Sketch of the medical history of the native army of Bombay, for the year
Year: 1872
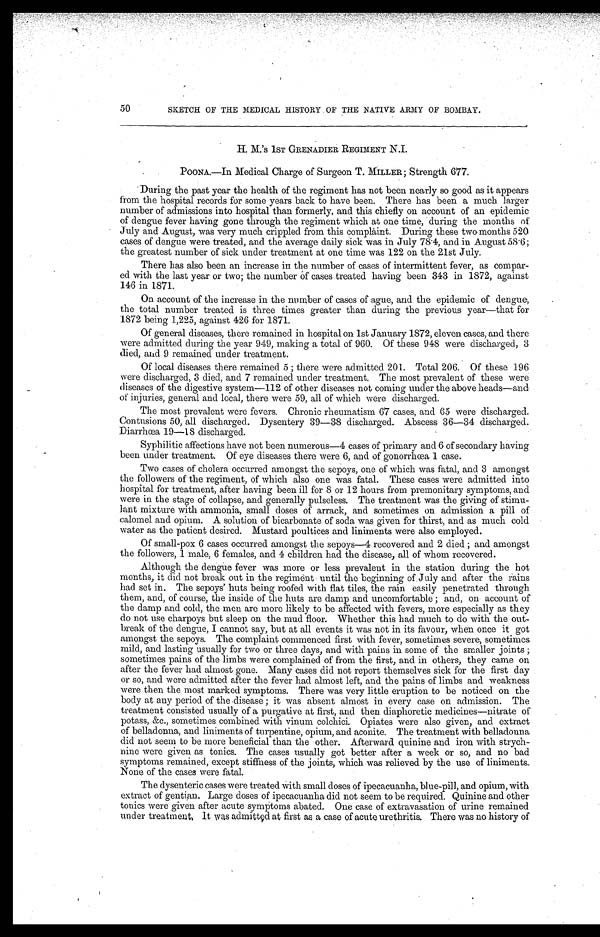
50
SKETCH OF THE MEDICAL HISTORY OF THE NATIVE ARMY OF BOMBAY.
H. M.'s 1ST GRENADIER REGIMENT N.I.
POONA.—In Medical Charge of Surgeon T. MILLER ; Strength 677.
During the past year the health of the regiment has not been nearly so good as it appears
from the hospital records for some years back to have been. There has been a much larger
number of admissions into hospital than formerly, and this chiefly on account of an epidemic
of dengue fever having gone through the regiment which at one time, during the months of
July and August, was very much crippled from this complaint. During these two months 520
cases of dengue were treated, and the average daily sick was in July 78.4, and in August 58.6;
the greatest number of sick under treatment at one time was 122 on the 21st July.
There has also been an increase in the number of cases of intermittent fever, as compar-
ed with the last year or two; the number of cases treated having been 343 in 1872, against
146 in 1871.
On account of the increase in the number of cases of ague, and the epidemic of dengue,
the total number treated is three times greater than during the previous year—that for
1872 being 1,225, against 426 for 1871.
Of general diseases, there remained in hospital on 1st January 1872, eleven cases, and there
were admitted during the year 949, making a total of 960. Of these 948 were discharged, 3
died, and 9 remained under treatment.
Of local diseases there remained 5 ; there were admitted 201. Total 206. Of these 196
were discharged, 3 died, and 7 remained under treatment. The most prevalent of these were
diseases of the digestive system-112 of other diseases not coming under the above heads—and
of injuries, general and local, there were 59, all of which were discharged.
The most prevalent were fevers. Chronic rheumatism 67 cases, and 65 were discharged.
Contusions 50, all discharged. Dysentery 39—38 discharged. Abscess 36—34 discharged.
Diarrhœa 19—18 discharged.
Syphilitic affections have not been numerous—4 cases of primary and 6 of secondary having
been under treatment. Of eye diseases there were 6, and of gonorrhœa 1 case.
Two cases of cholera occurred amongst the sepoys, one of which was fatal, and 3 amongst
the followers of the regiment, of which also one was fatal. These cases were admitted into
hospital for treatment, after having been ill for 8 or 12 hours from premonitary symptoms, and
were in the stage of collapse, and generally pulseless. The treatment was the giving of stimu-
- l a n t m i x t u r e w i t h a m m o n i a , s m a l l d o s e s o f a r r a c k , a n d s o m e t i m e s o n a d m i s s i o n a p i l l o f
calomel and opium. A solution of bicarbonate of soda was given for thirst, and as much cold
water as the patient desired. Mustard poultices and liniments were also employed.
Of small-pox 6 cases occurred amongst the sepoys—4 recovered and 2 died ; and amongst
the followers, 1 male, 6 females, and 4 children had the disease, all of whom recovered.
Although the dengue fever was more or less prevalent in the station during the hot
months, it did not break out in the regiment until the beginning of July and after the rains
had set in. The sepoys' huts being roofed with flat tiles, the rain easily penetrated through
them, and, of course, the inside of the huts are damp and uncomfortable ; and, on account of
the damp and cold, the men are more likely to be affected with fevers, more especially as they
do not use charpoys but sleep on the mud floor. Whether this had much to do with the out-
break of the dengue, I cannot say, but at all events it was not in its favour, when once it got
amongst the sepoys. The complaint commenced first with fever, sometimes severe, sometimes
mild, and lasting usually for two or three days, and with pains in some of the smaller joints ;
sometimes pains of the limbs were complained of from the first, and in others, they came on
after the fever had almost gone. Many cases did not report themselves sick for the first day
or so, and were admitted after the fever had almost left, and the pains of limbs and weakness
were then the most marked symptoms. There was very little eruption to be noticed on the
body at any period of the disease ; it was absent almost in every case on admission. The
treatment consisted usually of a purgative at first, and then diaphoretic medicines—nitrate of
potass, &c., sometimes combined with vinum colchici. Opiates were also given, and extract
of belladonna, and liniments of turpentine, opium, and aconite. The treatment with belladonna
did not seem to be more beneficial than the other. Afterward quinine and iron with strych-
nine were given as tonics. The cases usually got better after a week or so, and no bad
symptoms remained, except stiffness of the joints, which was relieved by the use of liniments.
None of the cases were fatal.
The dysenteric cases were treated with small doses of ipecacuanha, blue-pill, and opium, with
extract of gentian. Large doses of ipecacuanha did not seem to be required. Quinine and other
tonics were given after acute symptoms abated. One case of extravasation of urine remained
u n d e r t r e a t me n t . I t wa s a d mi t t e d a t f i r s t a s a c a s e o f a c u t e u r e t h r i t i s . T h e r e wa s n o h i s t o r y o f